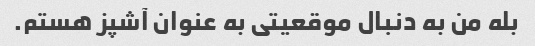
بله من به دنبال موقعیتی به عنوان آشپز هستم.